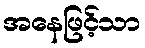
အနေဖြင့်သာ